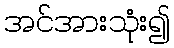
အင်အားသုံး၍